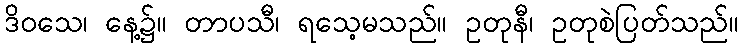
ဒိဝသေ၊ နေ့၌။ တာပသီ၊ ရသေ့မသည်။ ဥတုနီ၊ ဥတုစဲပြတ်သည်။